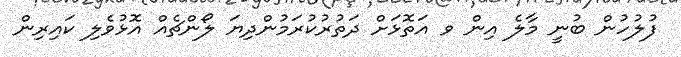
ފުލުހުން ބުނީ މާލެ އިން ވ އަތޮޅަށް ދަތުރުކުރަމުންދިޔަ ލޯންޗެއް އޮޅުވެލި ކައިރިން